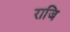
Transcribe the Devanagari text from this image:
राजि